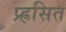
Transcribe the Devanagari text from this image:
प्र्ह्रसित